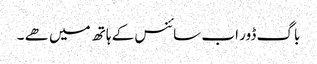
باگ ڈور اب سائنس کے ہاتھ میں ھے ۔